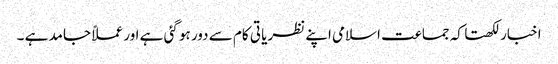
اخبار لکھتا کہ جماعت اسلامی اپنے نظریا تی کام سے دور ہو گئی ہے اور عملاً جامد ہے ۔